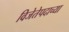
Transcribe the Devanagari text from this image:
विजेतेपदाच्या